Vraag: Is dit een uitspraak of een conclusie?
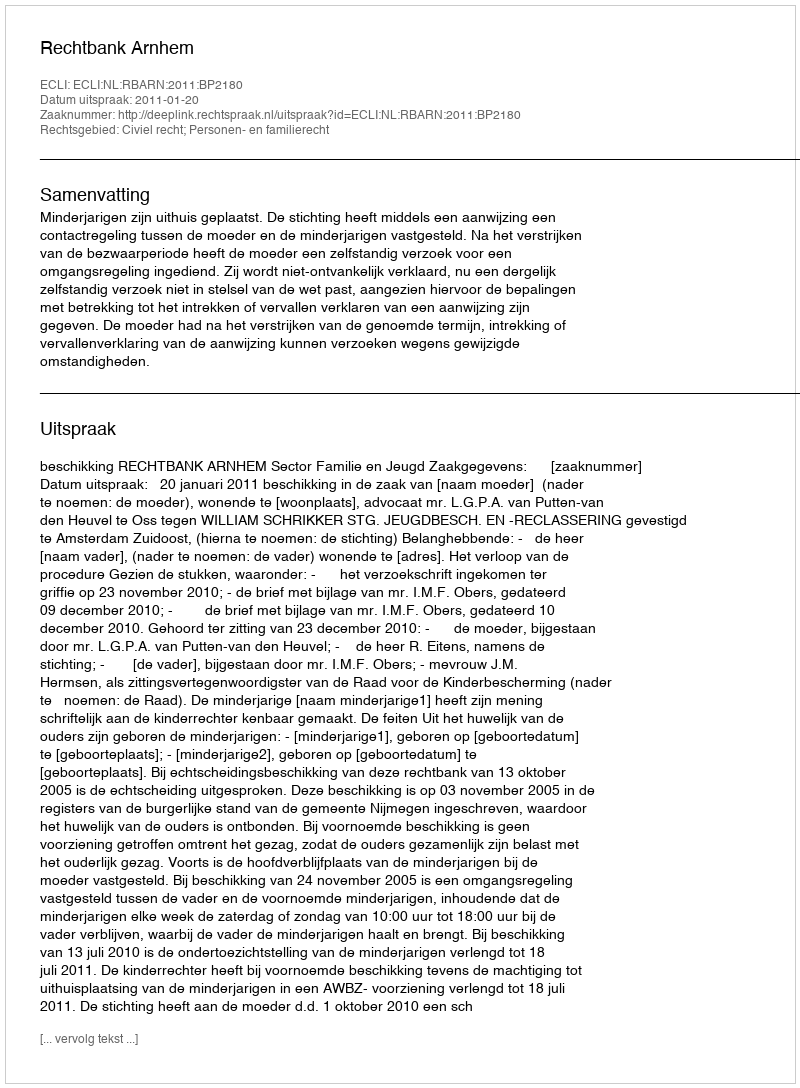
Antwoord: Uitspraak